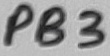
Text: PB3